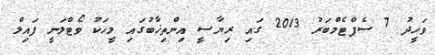
ވަހީދު 7 ސެޕްޓެމްބަރު 2013 ގައި ރިޔާސީ އިންތިޚާބުގައި މީހަކު ވޯޓްލަނީ ފައިލް